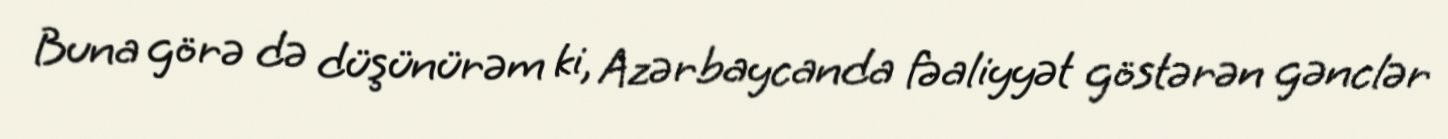
Buna görə də düşünürəm ki, Azərbaycanda fəaliyyət göstərən gənclər